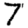
Digit: 7